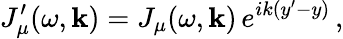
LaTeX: J_{\mu}^{\prime}(\omega,{\mathbf k})=J_{\mu}(\omega,{\mathbf k})\, e^{ik(y^{\prime}-y)}\, ,